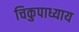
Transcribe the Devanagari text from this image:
चिकुपाध्याय